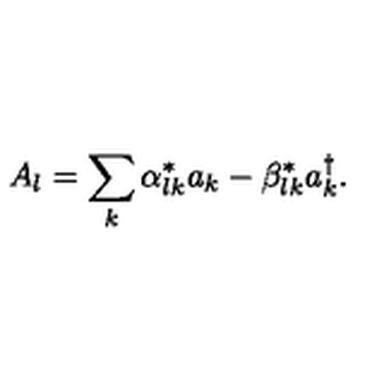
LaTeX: A _ { l } = \sum _ { k } \alpha _ { l k } ^ { * } a _ { k } - \beta _ { l k } ^ { * } a _ { k } ^ { \dagger } .